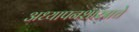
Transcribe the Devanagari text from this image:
अध्यापनशास्त्राचे